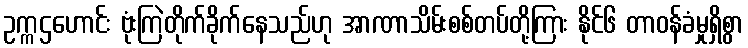
ဥက္ကဌဟောင်း ဗုံးကြဲတိုက်ခိုက်နေသည်ဟု အာဏာသိမ်းစစ်တပ်တို့ကြား နိုင်၆ တာဝန်ခံမှုရှိစွာ